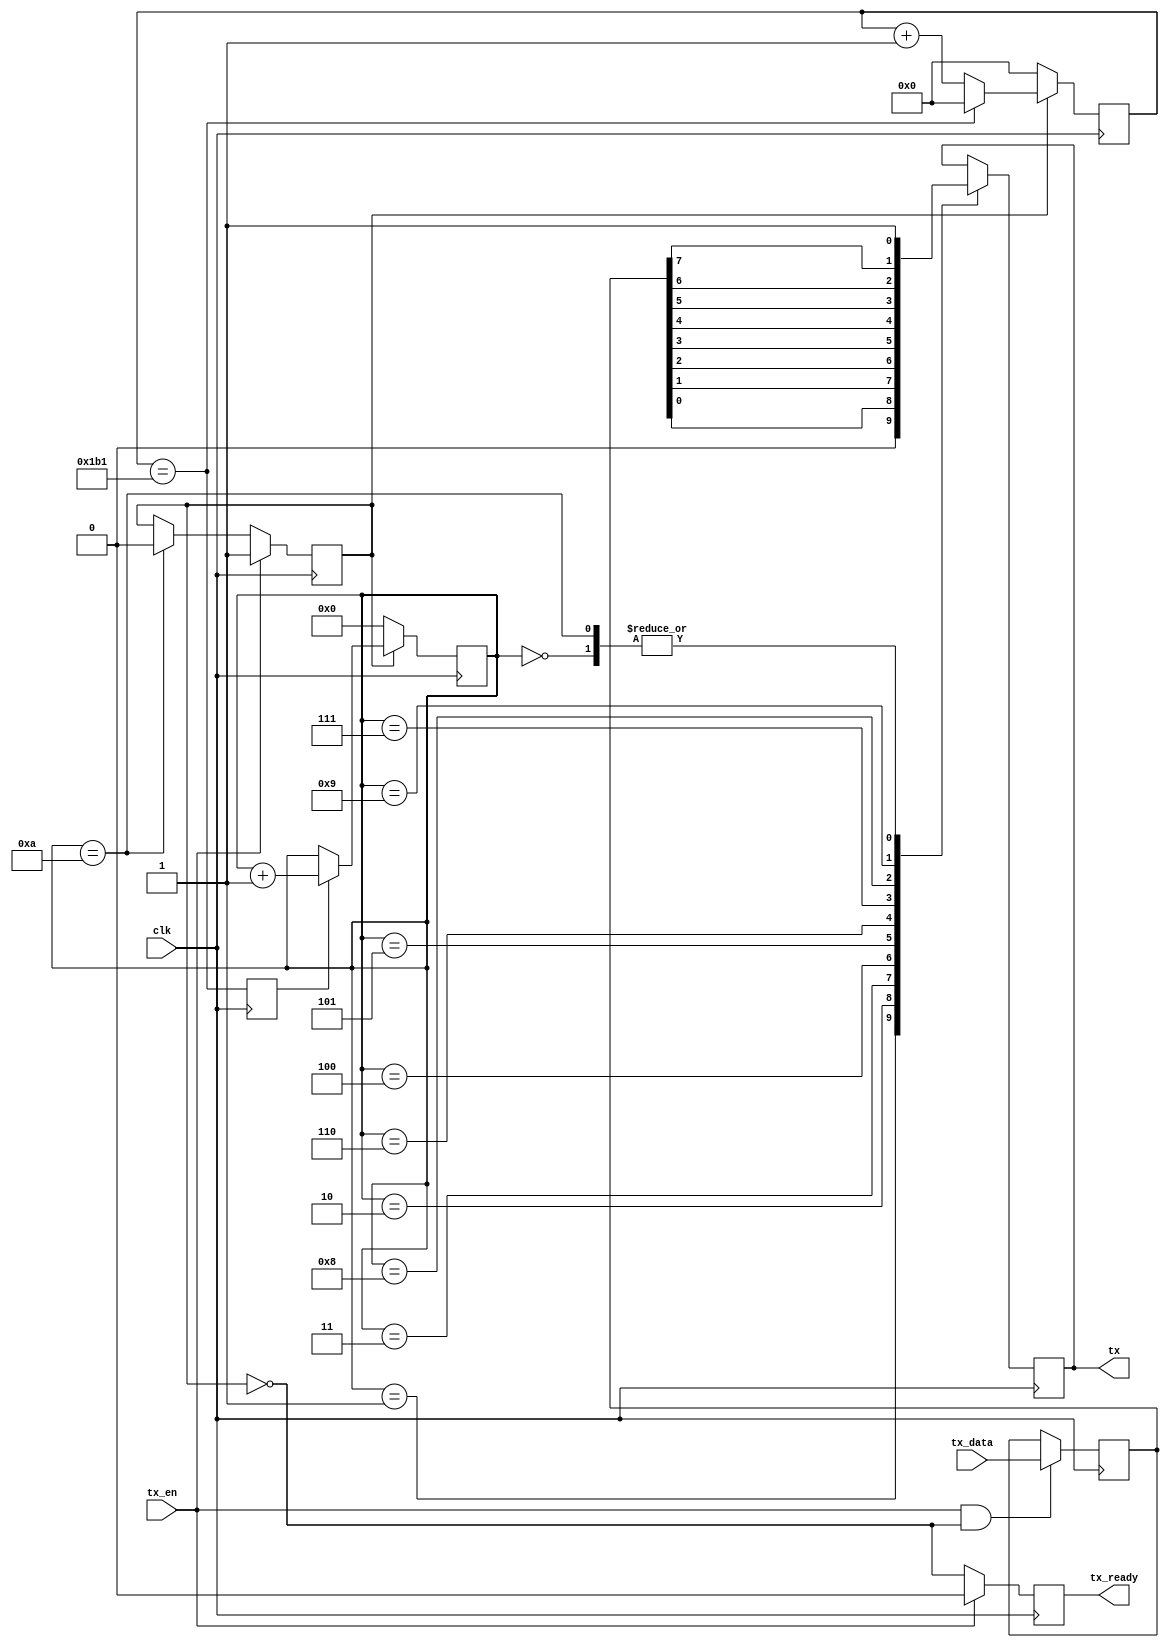
// This program was cloned from: https://github.com/verimake-team/SparkRoad-V
// License: MIT License

`timescale 1ns / 1ps
//////////////////////////////////////////////////////////////////////////////////
// Company: 
// Engineer: 
// 
// Create Date:
// Design Name: 
// Module Name: uart_tx
// Project Name: 
// Target Devices: 
// Tool Versions: 
// Description: ,1,8,2.
// 
// Dependencies: 
// 
// Revision:
// Revision 0.01 - File Created
// Additional Comments:
// 
//////////////////////////////////////////////////////////////////////////////////

module uart_tx
#(
	parameter BAUDRATE = 115200,
	parameter CLK_RATE = 50000000
)
(
    input	wire		clk,
	
	// uart
    output  reg			tx,
	
	// data
    input	wire		tx_en,
    input	wire [7:0]	tx_data,
	output	reg			tx_ready
);

reg start;
reg clk_en;
reg [3:0] cnt;
reg [7:0] data;
reg [31:0] clk_cnt;

initial
begin
	start = 0;
end

// 
always@(posedge clk)
begin
	if(!start)
		clk_cnt <= 0;
	else if(clk_cnt == CLK_RATE / BAUDRATE - 1)
		clk_cnt <= 0;
	else
		clk_cnt <= clk_cnt + 1;
end

// 
always@(posedge clk)
begin
	clk_en <= (clk_cnt == CLK_RATE / BAUDRATE - 1);
end

// 
always@(posedge clk)
begin
    if(tx_en) // 
        start <= 1;
    else if(cnt == 10) // 
        start <= 0;
end

// 
always@(posedge clk)
begin
	if(tx_en && !start)
		data <= tx_data;
end

// 
always@(posedge clk)
begin
    if(!start)
		cnt <= 0;
	else if(clk_en)
        cnt <= cnt + 1;
end

// 
always@(posedge clk)
begin
    case(cnt)
		0: tx <= 1'b1;    // ().
        1: tx <= 1'b0;    // 
        2: tx <= data[0]; // 1bit0
        3: tx <= data[1]; // 2bit1
        4: tx <= data[2]; // 3bit2
        5: tx <= data[3]; // 4bit3
        6: tx <= data[4]; // 5bit4
        7: tx <= data[5]; // 6bit5
        8: tx <= data[6]; // 7bit6
        9: tx <= data[7]; // 8bit7
        10:tx <= 1'b1;    // 
    endcase
end

// 
always@(posedge clk)
begin
	if(tx_en)
		tx_ready <= 0;
	else
		tx_ready <= !start;
end

endmodule